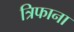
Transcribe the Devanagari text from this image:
त्रिफाना